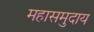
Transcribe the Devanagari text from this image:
महासमुदाय